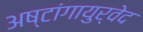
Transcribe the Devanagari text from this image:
अष्टांगायुर्वेद